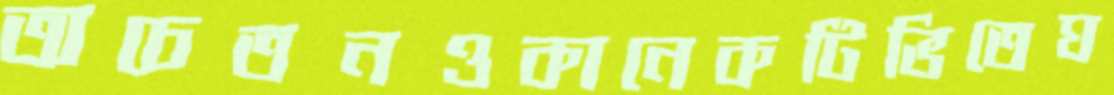
অচেতনওকানেকটিভিতেঘ